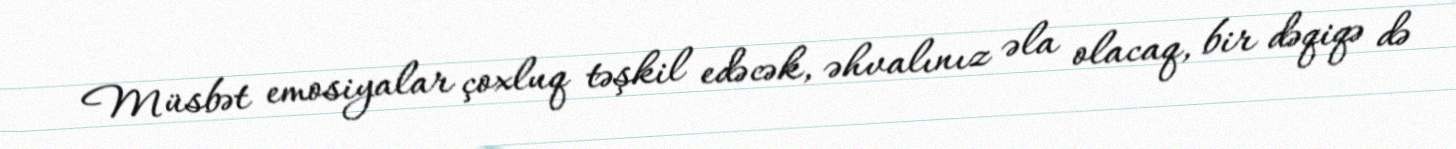
Müsbət emosiyalar çoxluq təşkil edəcək, əhvalınız əla olacaq, bir dəqiqə də